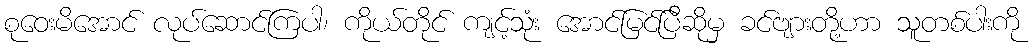
စုဝေးမိအောင် လုပ်ဆောင်ကြပါ၊ ကိုယ်တိုင် ကျင့်သုံး အောင်မြင်ပြီဆိုမှ ခင်ဗျားတို့ဟာ သူတစ်ပါးကို